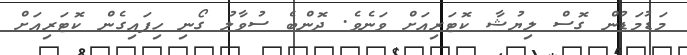
މަޑުމަޑުން ގޮސް ލިޔުޝާ ކޮޓަރިއަށް ވަނެވެ. ދޮންބެ ސުވާލު ގޯނި ހިފައިގެން ކޮޓަރިއަށް